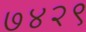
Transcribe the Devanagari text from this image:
७४२९